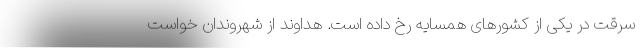
سرقت در یکی از کشورهای همسایه رخ داده است. هداوند از شهروندان خواست